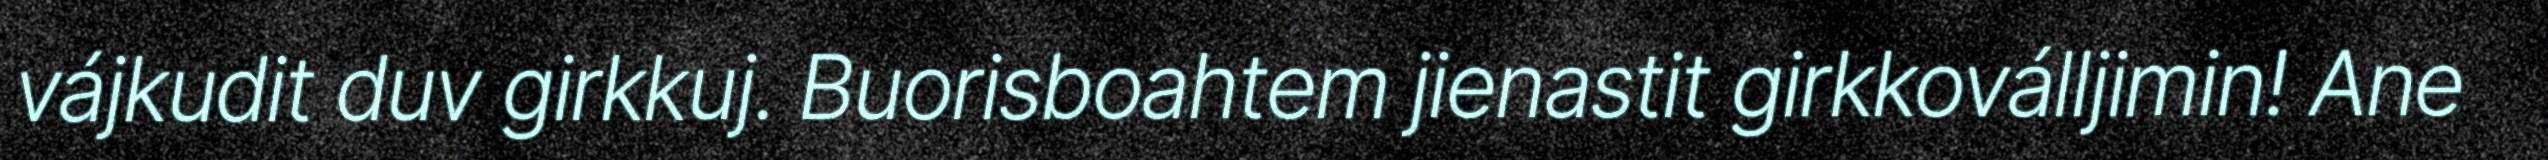
vájkudit duv girkkuj. Buorisboahtem jienastit girkkoválljimin! Ane